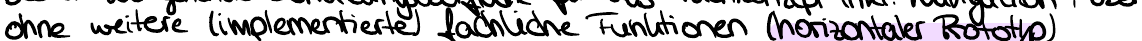
ohne weitere (implementierte) fachliche Funktionen (horizontaler Prototyp)